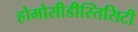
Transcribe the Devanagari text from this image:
होमोसीडीस्तिसिटी